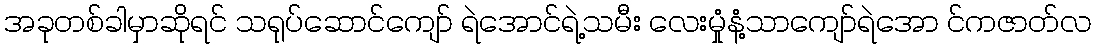
အခုတစ်ခါမှာဆိုရင် သရုပ်ဆောင်ကျော် ရဲအောင်ရဲ့သမီး လေးမှုံနံ့သာကျော်ရဲအော င်ကဇာတ်လ